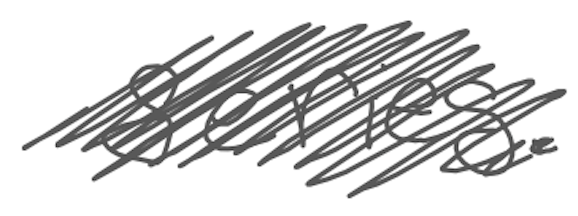
Text: series.
Cross-out: scratch
Writing tool: digital_gray